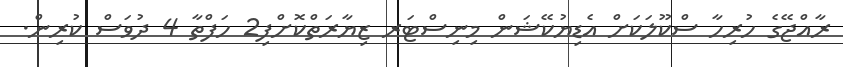
ރާއްޖޭގެ ހުރިހާ ސްކޫލަކަށް އެޑިޔުކޭޝަން މިނިސްޓަރ ޒިޔާރަތްކޮށްފި2 ހަފްތާ 4 ދުވަސް ކުރިން.